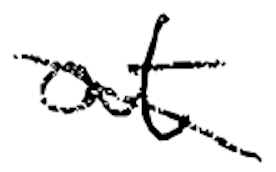
Text: at
Cross-out: mix
Writing tool: digital_black